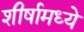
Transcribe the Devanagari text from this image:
शीर्षामध्ये